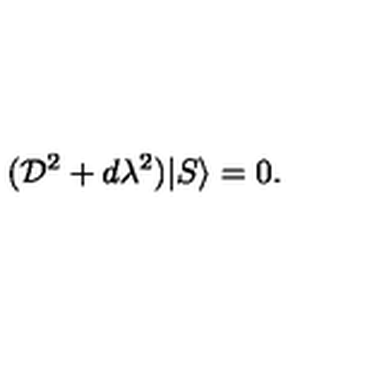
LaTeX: ( { \cal D } ^ { 2 } + d \lambda ^ { 2 } ) | S \rangle = 0 .